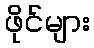
ဖိုင်များ